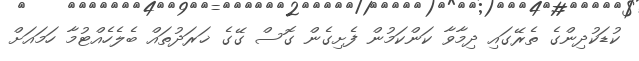
ކުޑަކުދިންގެ ތެރޭގައި ދިމާވާ ކަންކަމުން ފެށިގެން ގޮސް ގޭގެ ޚަރަދުތައް ބެލެހެއްޓުމާ ހަމައަށް